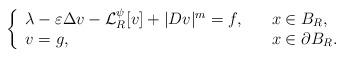
LaTeX: \begin{align*} \left\{ \begin{array}{ll} \lambda-\varepsilon\Delta v-\mathcal{L}_R^\psi[v]+|Dv|^m=f,\quad& x\in B_R,\\ v=g, & x\in \partial B_R. \end{array} \right.\end{align*}